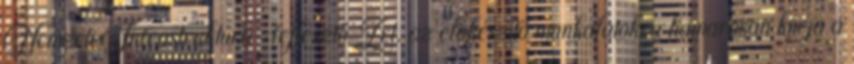
Nemzeti Infrastruktúra-fejlesztő Zrt. az előkészítő munkálatokra hamarosan kiírja a